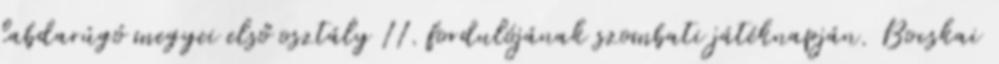
labdarúgó megyei első osztály 11. fordulójának szombati játéknapján. Bocskai